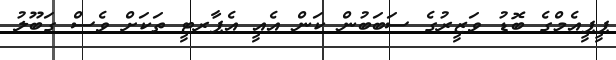
ޕީޕީއެމްގެ ބޮޑު ވަޒީރުގެ ސަބަބުން ކަން އެއީ އެޕާރޓީ ތަކަށް ވެސް ގަބޫލު